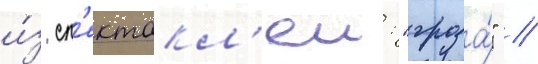
и́з сп'ектакл'еи: "гроза́" /